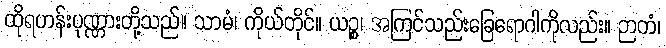
ထိုရဟန်းပုဏ္ဏားတို့သည်။ သာမံ၊ ကိုယ်တိုင်။ ယဉ္စ၊ အကြင်သည်းခြေရောဂါကိုလည်း။ ဉာတံ၊